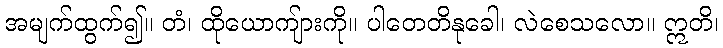
အမျက်ထွက်၍။ တံ၊ ထိုယောကျ်ားကို။ ပါတေတိနုခေါ၊ လဲစေသလော။ ဣတိ၊